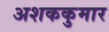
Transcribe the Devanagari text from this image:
अशककुमार